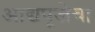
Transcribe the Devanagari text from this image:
आद्यपूजेचा